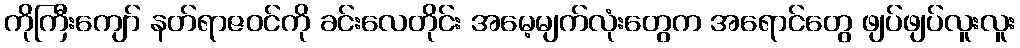
ကိုကြီးကျော် နတ်ရာဇဝင်ကို ခင်းလေတိုင်း အမေ့မျက်လုံးတွေက အရောင်တွေ ဖျပ်ဖျပ်လူးလူး